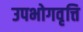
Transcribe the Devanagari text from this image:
उपभोगवृत्ति